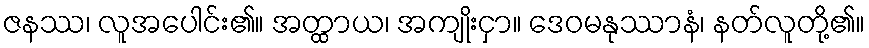
ဇနဿ၊ လူအပေါင်း၏။ အတ္ထာယ၊ အကျိုးငှာ။ ဒေဝမနုဿာနံ၊ နတ်လူတို့၏။